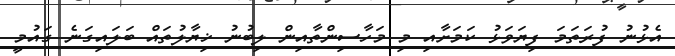
އެޅުނު ފުރަތަމަ ފިޔަވަޅު ކަމަށާއި މި މަހާސިންތާއިން ލިބުނު ޚިޔާލުތައް ބަލައިގަނެ ގައުމީ